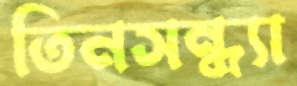
তিনসন্ধ্যা